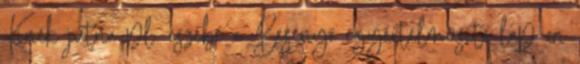
Kinek jutna pl. eszébe a Besenyő egyértelműsítő lap on